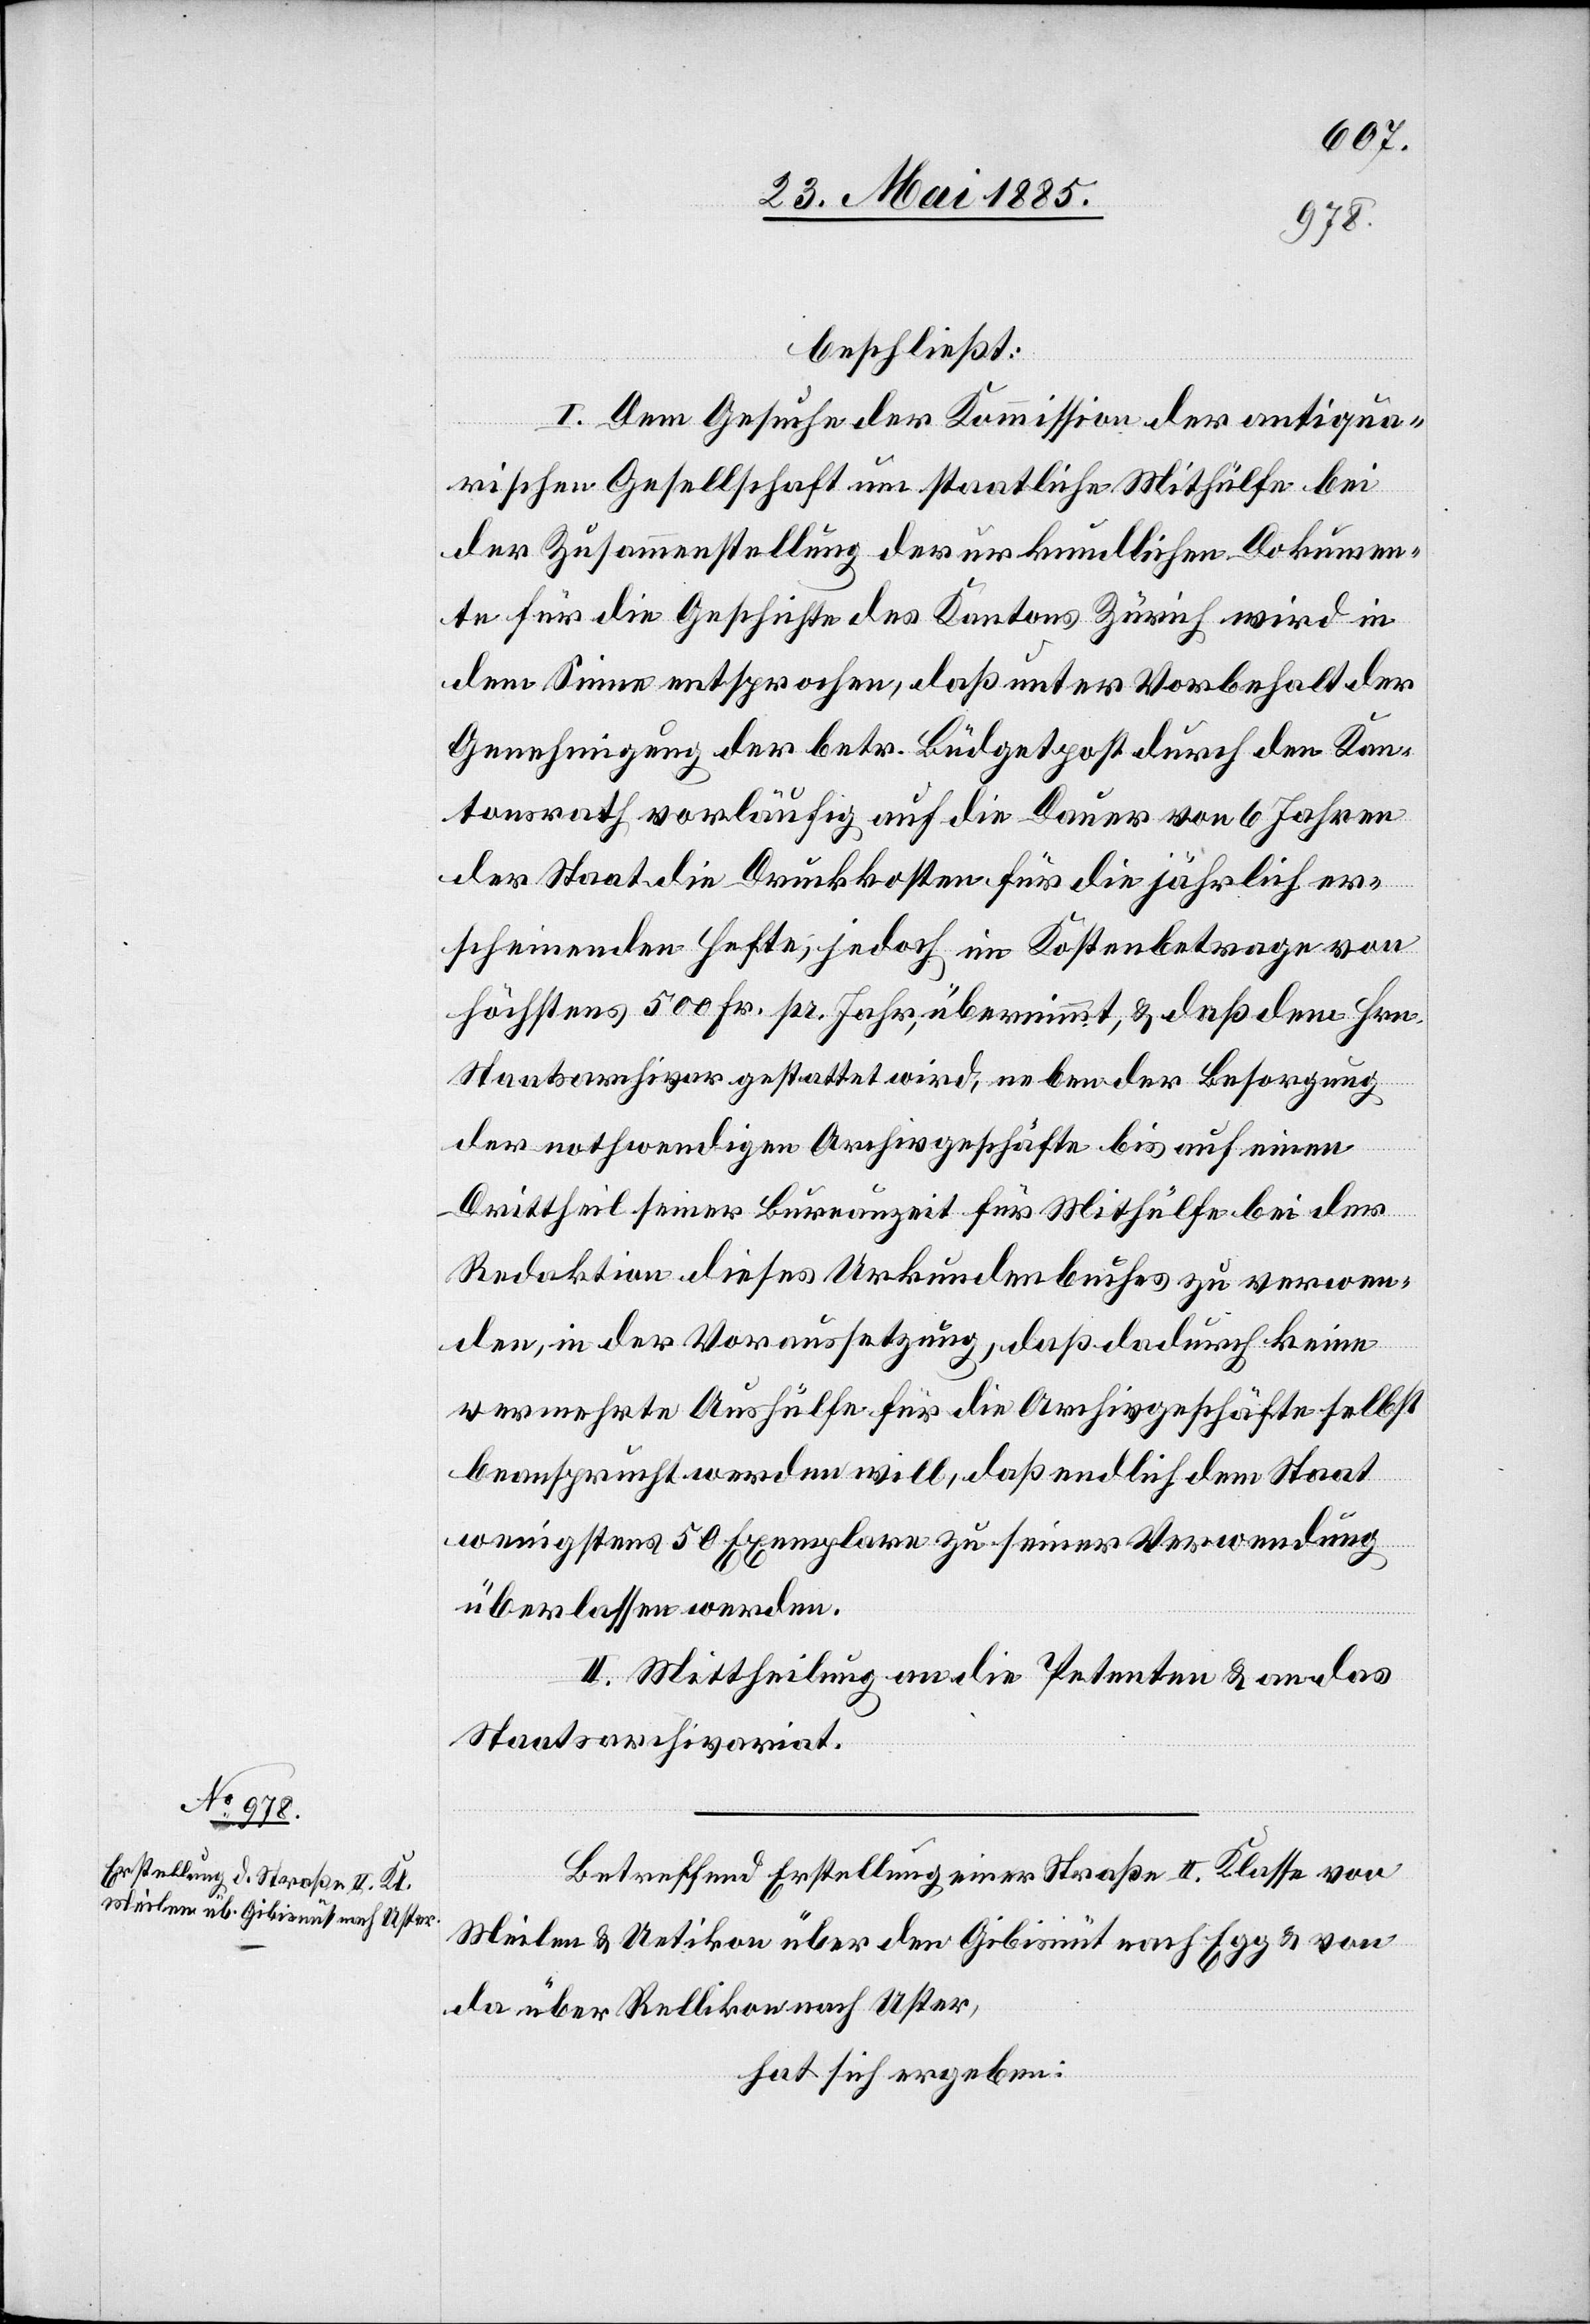
beschließt:
I. Dem Gesuch der Kommission der antiqua¬
rischen Gesellschaft um staatliche Mithülfe bei
der Zusammenstellung der urkundlichen Dokumen¬
te für die Geschichte des Kantons Zürich wird in
dem Sinne entsprochen, daß unter Vorbehalt der
Genehmigung der betr. Büdgetposten durch den Kan¬
tonsrath vorläufig auf die Dauer von 6 Jahren
der Staat die Druckkosten für die jährlich er¬
scheinenden Hefte, jedoch im Kostenbetrage von
höchstens 500 Fr. pr. Jahr, übernimmt, & daß dem Hrn.
Staatsarchivar gestattet wird, neben der Besorgung
der nothwendigen Archivgeschäfte bis auf einen
Drittheil seiner Bureauzeit für Mithülfe bei der
Redaktion dieses Urkundenbuches zu verwen¬
den, in der Voraussetzung, daß dadurch keine
vermehrte Aushülfe für die Archivgeschäfte selbst
beansprucht werden will, daß endlich dem Staat
wenigstens 50 Exemplare zu seiner Verwendung
überlassen werden.
II. Mittheilung an die Petenten & an das
Staatsarchivariat.
Betreffend Erstellung einer Straße II. Klasse von
Meilen & Uetikon über den Gibisnüt nach Egg & von
da über Rellikon nach Uster,
hat sich ergeben: